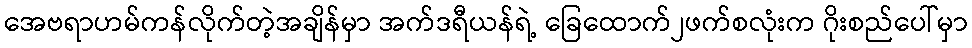
အေဗရာဟမ်ကန်လိုက်တဲ့အချိန်မှာ အက်ဒရီယန်ရဲ့ ခြေထောက်၂ဖက်စလုံးက ဂိုးစည်ပေါ်မှာ